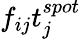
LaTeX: f_{ij}t_{j}^{spot}